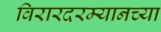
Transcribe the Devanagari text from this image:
विरारदरम्यानच्या